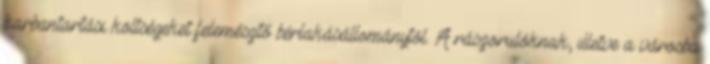
karbantartási költségeket felemésztő bérlakásállománytól. A rászorulóknak, illetve a városba